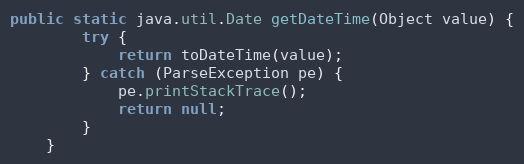
Language: Java
public static java.util.Date getDateTime(Object value) {
        try {
            return toDateTime(value);
        } catch (ParseException pe) {
            pe.printStackTrace();
            return null;
        }
    }